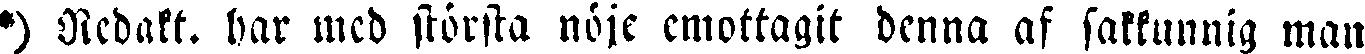
*) Redakt. har mcd största nöje emottagit denna af sakkunnig man